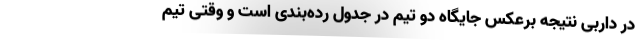
در داربی نتیجه برعکس جایگاه دو تیم در جدول رده‌بندی است و وقتی تیم